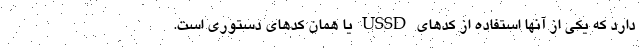
دارد که یکی از آنها استفاده از کدهای USSD یا همان کدهای دستوری است.